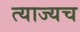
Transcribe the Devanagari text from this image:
त्याज्यच